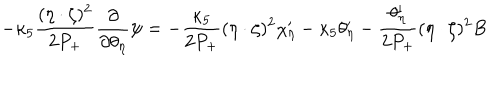
LaTeX: - \kappa _ { 5 } \frac { ( \eta \cdot \zeta ) ^ { 2 } } { 2 P _ { + } } \frac { \partial } { \partial \theta _ { \eta } } \psi = - \frac { \kappa _ { 5 } } { 2 P _ { + } } ( \eta \cdot \zeta ) ^ { 2 } \chi _ { \eta } ^ { \prime } - \kappa _ { 5 } \theta _ { \eta } ^ { \prime } - \frac { \theta _ { \eta } ^ { \prime } } { 2 P _ { + } } ( \eta \cdot \zeta ) ^ { 2 } B